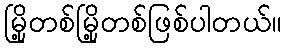
မြို့တစ်မြို့တစ်ဖြစ်ပါတယ်။